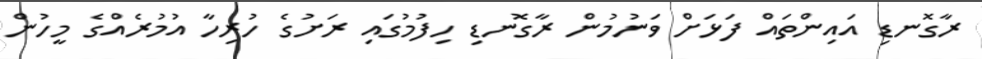
ރާގޮނޑި އައިންތައް ފަޅަށް ވަނުމުން ރާގޮނޑި ހިފުމުގައި ރަށުގެ ހުރިހާ އުމުރެއްގެ މީހުން